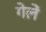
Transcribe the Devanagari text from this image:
गेलें